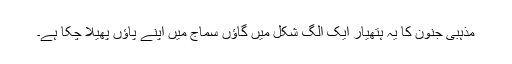
مذہبی جنون کا یہ ہتھیار ایک الگ شکل میں گاؤں سماج میں اپنے پاؤں پھیلا چکا ہے۔